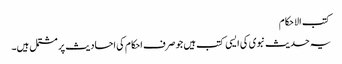
کتب الاحکام
یہ حدیث نبوی کی ایسی کتب ہیں جو صرف احکام کی احادیث پر مشتمل ہیں۔